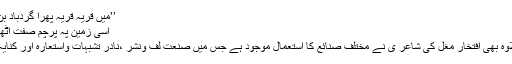
’’میں قریہ قریہ پھرا گردباد بن کے جہاں
اسی زمین پہ پرچم صفت اُٹھا ہوں میں‘‘
اس کے علاوہ بھی افتخارؔ مغل کی شاعر ی نے مختلف صنائع کا استعمال موجود ہے جس میں صنعت لف ونشر ،نادر تشبہات واستعارہ اور کنایہ شامل ہے۔